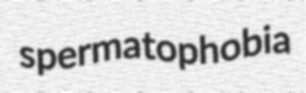
spermatophobia